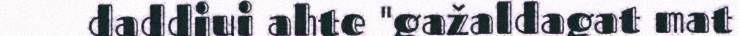
daddjui ahte "gažaldagat mat